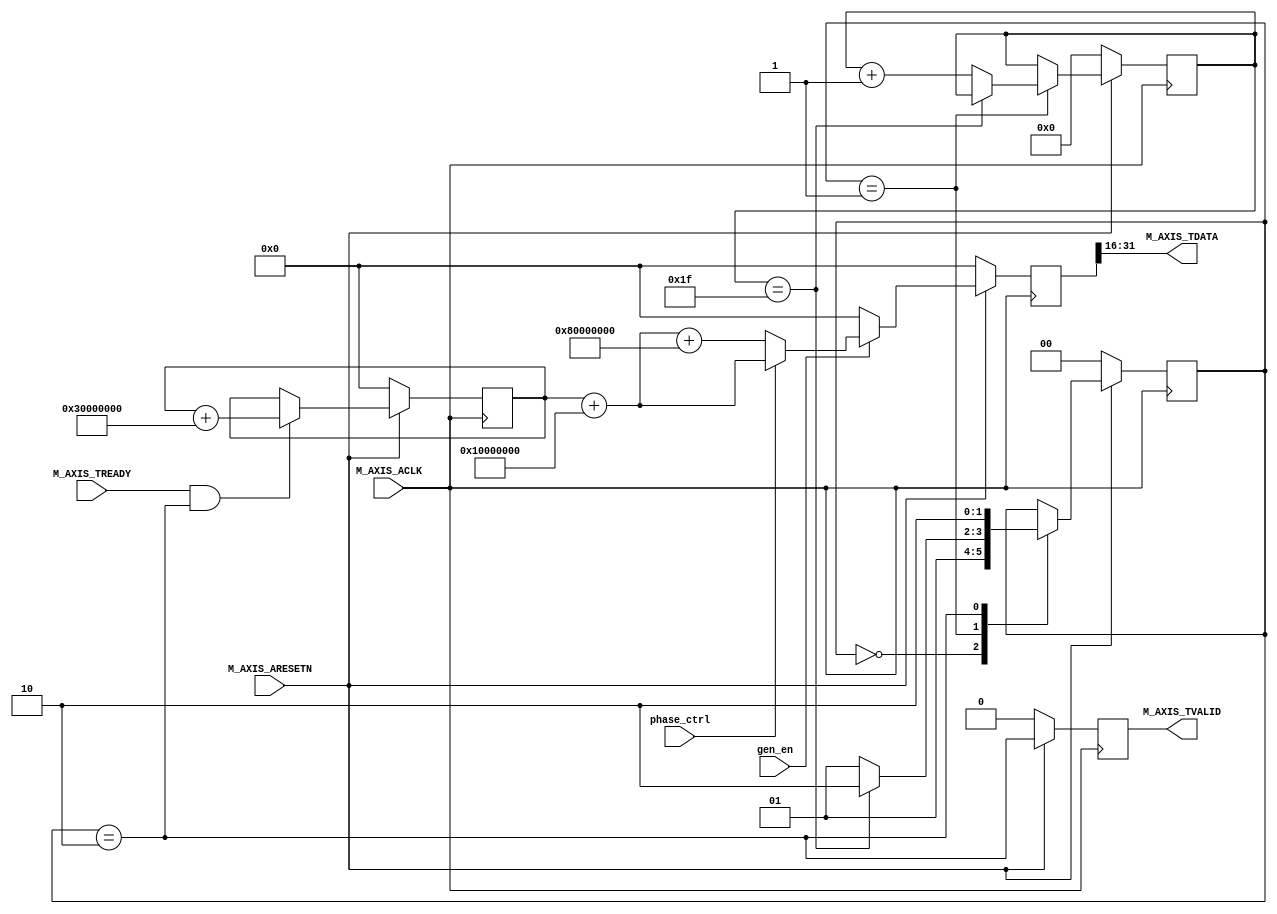
`timescale 1 ns / 1 ps

module phase_gen_v1_0_M00_AXIS #
       (
           // Width of S_AXIS address bus. The slave accepts the read and write addresses of width C_M_AXIS_TDATA_WIDTH.
           parameter integer C_M_AXIS_TDATA_WIDTH	= 16,
           // Start count is the number of clock cycles the master will wait before initiating/issuing any transaction.
           parameter integer C_M_START_COUNT	= 32,
           
           // ,   step = Fout/Fs * 2^32
            parameter integer PHASE_STEP = 32'd67108864,
            parameter integer  TOTAL_COUNTERS = 4'd12,  // 
            parameter integer  OFFSET = 4
       )
       (
           // Global ports
           input wire  M_AXIS_ACLK,
           //
           input wire  M_AXIS_ARESETN,
           // Master Stream Ports. TVALID indicates that the master is driving a valid transfer, A transfer takes place when both TVALID and TREADY are asserted.
           output wire  M_AXIS_TVALID,
           // TDATA is the primary payload that is used to provide the data that is passing across the interface from the master.
           output wire [C_M_AXIS_TDATA_WIDTH-1 : 0] M_AXIS_TDATA,
           // TREADY indicates that the slave can accept a transfer in the current cycle.
           input wire  M_AXIS_TREADY,
           
           // ctrl port
           //  
           input wire gen_en,
           //  
           input wire phase_ctrl
           
       );

// function called clogb2 that returns an integer which has the
// value of the ceiling of the log base 2.
function integer clogb2 (input integer bit_depth);
    begin
        for(clogb2=0; bit_depth>0; clogb2=clogb2+1)
            bit_depth = bit_depth >> 1;
    end
endfunction

// WAIT_COUNT_BITS is the width of the wait counter.
localparam integer WAIT_COUNT_BITS = clogb2(C_M_START_COUNT-1);

// Define the states of state machine
// The control state machine oversees the writing of input streaming data to the FIFO,
// and outputs the streaming data from the FIFO
parameter [1:0] IDLE = 2'b00,        // This is the initial/idle state

          INIT_COUNTER  = 2'b01, // This state initializes the counter, once
          // the counter reaches C_M_START_COUNT count,
          // the state machine changes state to SEND_STREAM
          SEND_STREAM   = 2'b10; // In this state the


// stream data is output through M_AXIS_TDATA
// State variable
reg [1:0] mst_exec_state;

// AXI Stream internal signals
//wait counter. The master waits for the user defined number of clock cycles before initiating a transfer.
reg [WAIT_COUNT_BITS-1 : 0] 	count;
//streaming data valid
wire  	axis_tvalid;
//streaming data valid delayed by one clock cycle
reg  	axis_tvalid_delay;

//FIFO implementation signals
reg [32-1 : 0] 	stream_data_out;
wire  	tx_en;

reg [31:0] phase_counter;
// I/O Connections assignments

assign M_AXIS_TVALID = axis_tvalid_delay;
assign M_AXIS_TDATA	 = stream_data_out[31:16];


// Control state machine implementation
always @(posedge M_AXIS_ACLK)
begin
    if (!M_AXIS_ARESETN)
        // Synchronous reset (active low)
    begin
        mst_exec_state <= IDLE;
        count    <= 0;
    end
    else
    case (mst_exec_state)
        IDLE:
            // The slave starts accepting tdata when
            // there tvalid is asserted to mark the
            // presence of valid streaming data
            //if ( count == 0 )
            //  begin
            mst_exec_state  <= INIT_COUNTER;
        //  end
        //else
        //  begin
        //    mst_exec_state  <= IDLE;
        //  end

        INIT_COUNTER:
            // The slave starts accepting tdata when
            // there tvalid is asserted to mark the
            // presence of valid streaming data
            if ( count == C_M_START_COUNT - 1 )
            begin
                mst_exec_state  <= SEND_STREAM;
            end
            else
            begin
                count <= count + 1;
                mst_exec_state  <= INIT_COUNTER;
            end

        SEND_STREAM:
            // The example design streaming master functionality starts
            // when the master drives output tdata from the FIFO and the slave
            // has finished storing the S_AXIS_TDATA
            mst_exec_state <= SEND_STREAM;
    endcase
end


//tvalid generation
//axis_tvalid is asserted when the control state machine's state is SEND_STREAM and
//number of output streaming data is less than the NUMBER_OF_OUTPUT_WORDS.
assign axis_tvalid = mst_exec_state == SEND_STREAM;

// AXI tlast generation
// axis_tlast is asserted number of output streaming data is NUMBER_OF_OUTPUT_WORDS-1
// (0 to NUMBER_OF_OUTPUT_WORDS-1)



// Delay the axis_tvalid and axis_tlast signal by one clock cycle
// to match the latency of M_AXIS_TDATA
always @(posedge M_AXIS_ACLK)
begin
    if (!M_AXIS_ARESETN)
    begin
        axis_tvalid_delay <= 1'b0;
    end
    else
    begin
        axis_tvalid_delay <= axis_tvalid;
    end
end


// 

always@(posedge M_AXIS_ACLK)
begin
    if(!M_AXIS_ARESETN)
    begin
        phase_counter <= 0;
    end
    else
        if (tx_en)
            // read pointer is incremented after every read from the FIFO
            // when FIFO read signal is enabled.
        begin
            phase_counter <= phase_counter + TOTAL_COUNTERS*PHASE_STEP;
        end
        else
            phase_counter <= phase_counter;
end


//FIFO read enable generation

assign tx_en = M_AXIS_TREADY && axis_tvalid;

// Streaming output data is read from FIFO
always @( posedge M_AXIS_ACLK )
begin
    if(!M_AXIS_ARESETN)
    begin
        stream_data_out <= 0;
    end
    else
    begin
        if(gen_en)
        begin
            if(phase_ctrl) 
            begin
                stream_data_out <= phase_counter + OFFSET*PHASE_STEP;
            end else
            begin
                stream_data_out <= phase_counter + OFFSET*PHASE_STEP + 32'd2147483648;
            end
        end else
        begin
            stream_data_out <= 16'd0;
        end
    end
end


endmodule